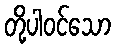
တို့ပါဝင်သော